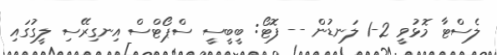
ލެސްޓާ މޮޅުވީ 2-1 ލަނޑުން -- ފޮޓޯ: ބީބީސީ ސްޕޯޓްސް އިނގިރޭސި ލީގުގައި